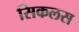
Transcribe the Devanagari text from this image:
सिकलस